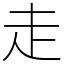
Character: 走